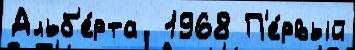
Альб'е́рта  1968 П'е́рвый